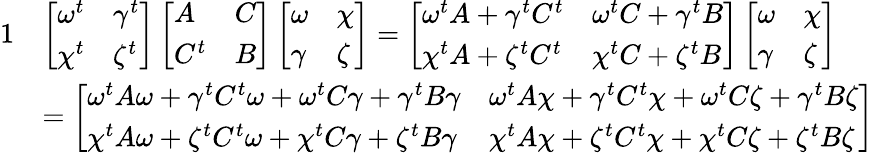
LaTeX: \begin{array}{rl}{{1}}&{\left[\begin{array}{ll}{\omega^{t}}&{\gamma^{t}}\\ {\chi^{t}}&{\zeta^{t}}\end{array}\right]\left[\begin{array}{ll}{A}&{C}\\ {C^{t}}&{B}\end{array}\right]\left[\begin{array}{ll}{\omega}&{\chi}\\ {\gamma}&{\zeta}\end{array}\right]=\left[\begin{array}{ll}{\omega^{t}A+\gamma^{t}C^{t}}&{\omega^{t}C+\gamma^{t}B}\\ {\chi^{t}A+\zeta^{t}C^{t}}&{\chi^{t}C+\zeta^{t}B}\end{array}\right]\left[\begin{array}{ll}{\omega}&{\chi}\\ {\gamma}&{\zeta}\end{array}\right]}\\ &{=\left[\begin{array}{ll}{\omega^{t}A\omega+\gamma^{t}C^{t}\omega+\omega^{t}C\gamma+\gamma^{t}B\gamma}&{\omega^{t}A\chi+\gamma^{t}C^{t}\chi+\omega^{t}C\zeta+\gamma^{t}B\zeta}\\ {\chi^{t}A\omega+\zeta^{t}C^{t}\omega+\chi^{t}C\gamma+\zeta^{t}B\gamma}&{\chi^{t}A\chi+\zeta^{t}C^{t}\chi+\chi^{t}C\zeta+\zeta^{t}B\zeta}\end{array}\right]}\end{array}